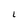
Character: L